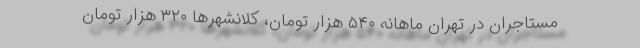
مستاجران در تهران ماهانه ۵۴۰ هزار تومان، کلانشهرها ۳۲۰ هزار تومان